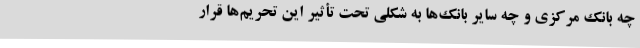
چه بانک مرکزی و چه سایر بانک‌ها به شکلی تحت تأثیر این تحریم‌ها قرار